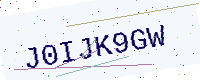
Text: J0IJK9GW